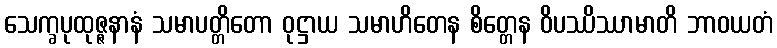
သေက္ခပုထုဇ္ဇနာနံ သမာပတ္တိတော ဝုဋ္ဌာယ သမာဟိတေန စိတ္တေန ဝိပဿိဿာမာတိ ဘာဝယတံ